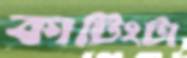
কাটিংটা